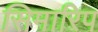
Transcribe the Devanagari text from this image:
सिमारिप